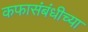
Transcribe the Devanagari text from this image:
कफासंबंधीच्या